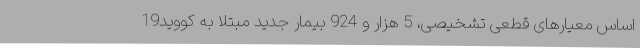
اساس معیارهای قطعی تشخیصی، 5 هزار و 924 بیمار جدید مبتلا به کووید19